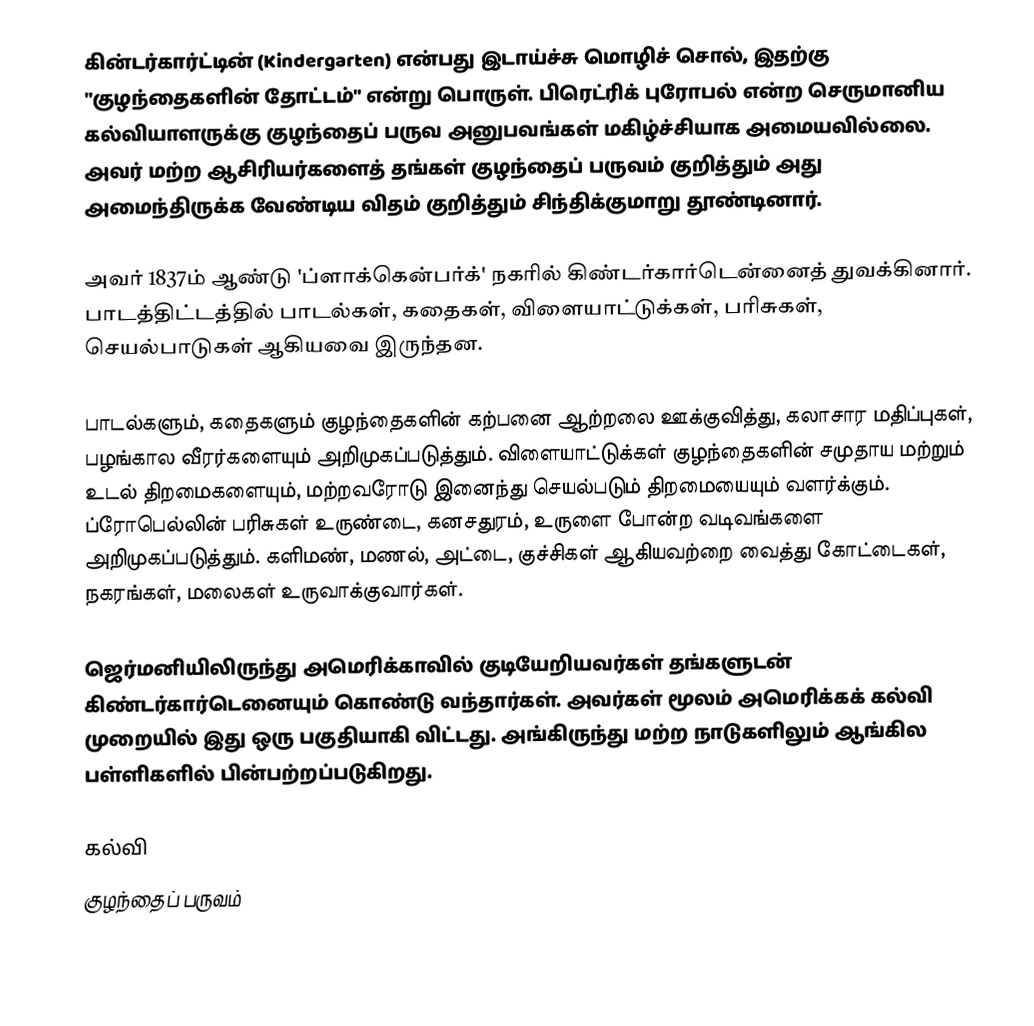
கின்டர்கார்ட்டின் (Kindergarten) என்பது இடாய்ச்சு மொழிச் சொல், இதற்கு "குழந்தைகளின் தோட்டம்" என்று பொருள். பிரெட்ரிக் புரோபல் என்ற செருமானிய கல்வியாளருக்கு குழந்தைப் பருவ அனுபவங்கள் மகிழ்ச்சியாக அமையவில்லை. அவர் மற்ற ஆசிரியர்களைத் தங்கள் குழந்தைப் பருவம் குறித்தும் அது அமைந்திருக்க வேண்டிய விதம் குறித்தும் சிந்திக்குமாறு தூண்டினார்.

அவர் 1837ம் ஆண்டு 'ப்ளாக்கென்பர்க்' நகரில் கிண்டர்கார்டென்னைத் துவக்கினார். பாடத்திட்டத்தில் பாடல்கள், கதைகள், விளையாட்டுக்கள், பரிசுகள், செயல்பாடுகள் ஆகியவை இருந்தன.

பாடல்களும், கதைகளும் குழந்தைகளின் கற்பனை ஆற்றலை ஊக்குவித்து, கலாசார மதிப்புகள், பழங்கால வீரர்களையும் அறிமுகப்படுத்தும். விளையாட்டுக்கள் குழந்தைகளின் சமுதாய மற்றும் உடல் திறமைகளையும், மற்றவரோடு இனைந்து செயல்படும் திறமையையும் வளர்க்கும். ப்ரோபெல்லின் பரிசுகள் உருண்டை, கனசதுரம், உருளை போன்ற வடிவங்களை அறிமுகப்படுத்தும். களிமண், மணல், அட்டை, குச்சிகள் ஆகியவற்றை வைத்து கோட்டைகள், நகரங்கள், மலைகள் உருவாக்குவார்கள்.

ஜெர்மனியிலிருந்து அமெரிக்காவில் குடியேறியவர்கள் தங்களுடன் கிண்டர்கார்டெனையும் கொண்டு வந்தார்கள். அவர்கள் மூலம் அமெரிக்கக் கல்வி முறையில் இது ஒரு பகுதியாகி விட்டது. அங்கிருந்து மற்ற நாடுகளிலும் ஆங்கில பள்ளிகளில் பின்பற்றப்படுகிறது.

கல்வி
குழந்தைப் பருவம்